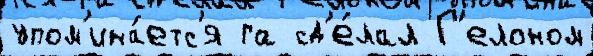
упом'ина́етс'я га сд'е́лал Г'елоном